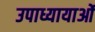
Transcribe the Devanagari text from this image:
उपाध्यायाओं